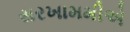
સરખામમીએ